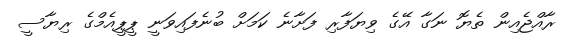
ރާއްޖެއިން ތެޔޮ ނަގާ އޭގެ ވިޔަފާރި ފަށާނެ ކަމަށް ބުނެފައިވަނީ ޕީޕީއެމްގެ ރިޔާސީ